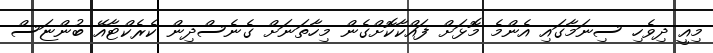
މިއީ ދިވެހި ސިނަމާގައި އެންމެ މޮޅަށް ފައްކާކޮށްގެން މިހާތަނަށް ގެނެސްދިން ކެރެކްޓާއޭ ބުންޏަސް